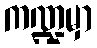
ကဏ္ဍမှာ